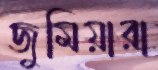
জুমিয়ারা